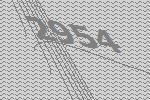
2954